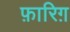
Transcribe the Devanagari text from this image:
फ़ारिग़